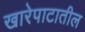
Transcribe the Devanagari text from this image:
खारेपाटातील